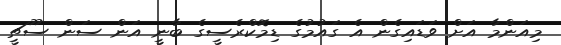
މިއަންމާ އަށް ވަޑައިގެން އެ ގައުމުގެ ޑިމޮކްރެސީގެ ބާނީ އަން ސަން ސޫޗީ